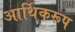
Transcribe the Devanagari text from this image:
आर्थिकरूप